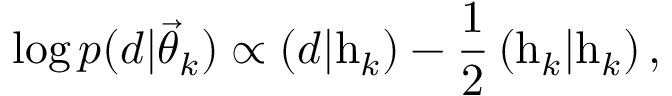
\log p ( d | \ensuremath { \vec { \theta } } _ { k } ) \propto \left( d | \mathrm { h } _ { k } \right) - \frac { 1 } { 2 } \left( \mathrm { h } _ { k } | \mathrm { h } _ { k } \right) ,